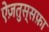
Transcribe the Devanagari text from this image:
ऐज़तुस्सफ़ा